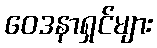
ဝေဒနာရှင်များ